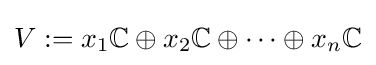
V:=x_{1}\mathbb {C} \oplus x_{2}\mathbb {C} \oplus \cdots \oplus x_{n}\mathbb {C}